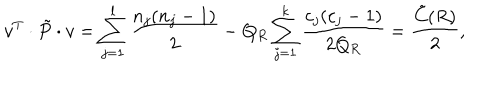
LaTeX: v ^ { T } \cdot \tilde { P } \cdot v = \sum _ { j = 1 } ^ { l } \frac { n _ { j } ( n _ { j } - 1 ) } { 2 } - Q _ { R } \sum _ { j = 1 } ^ { k } \frac { c _ { j } ( c _ { j } - 1 ) } { 2 Q _ { R } } = \frac { \tilde { C } ( R ) } { 2 } ,